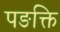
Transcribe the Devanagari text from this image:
पङक्ति